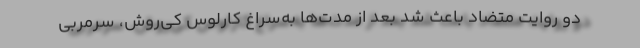
دو روایت متضاد باعث شد بعد از مدت‌ها به‌سراغ کارلوس کی‌روش، سرمربی